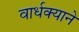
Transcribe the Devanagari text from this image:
वार्धक्याने